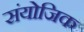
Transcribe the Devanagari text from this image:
संयोजिक